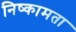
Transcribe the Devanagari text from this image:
निष्कामता